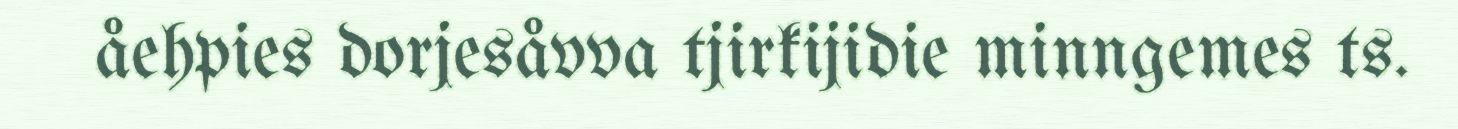
åehpies dorjesåvva tjirkijidie minngemes ts.